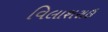
વિલાશરાઉ